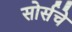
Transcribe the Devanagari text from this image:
सोर्सचे